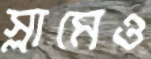
স্লামেও